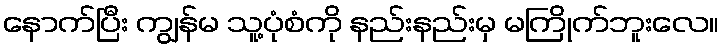
နောက်ပြီး ကျွန်မ သူ့ပုံစံကို နည်းနည်းမှ မကြိုက်ဘူးလေ။